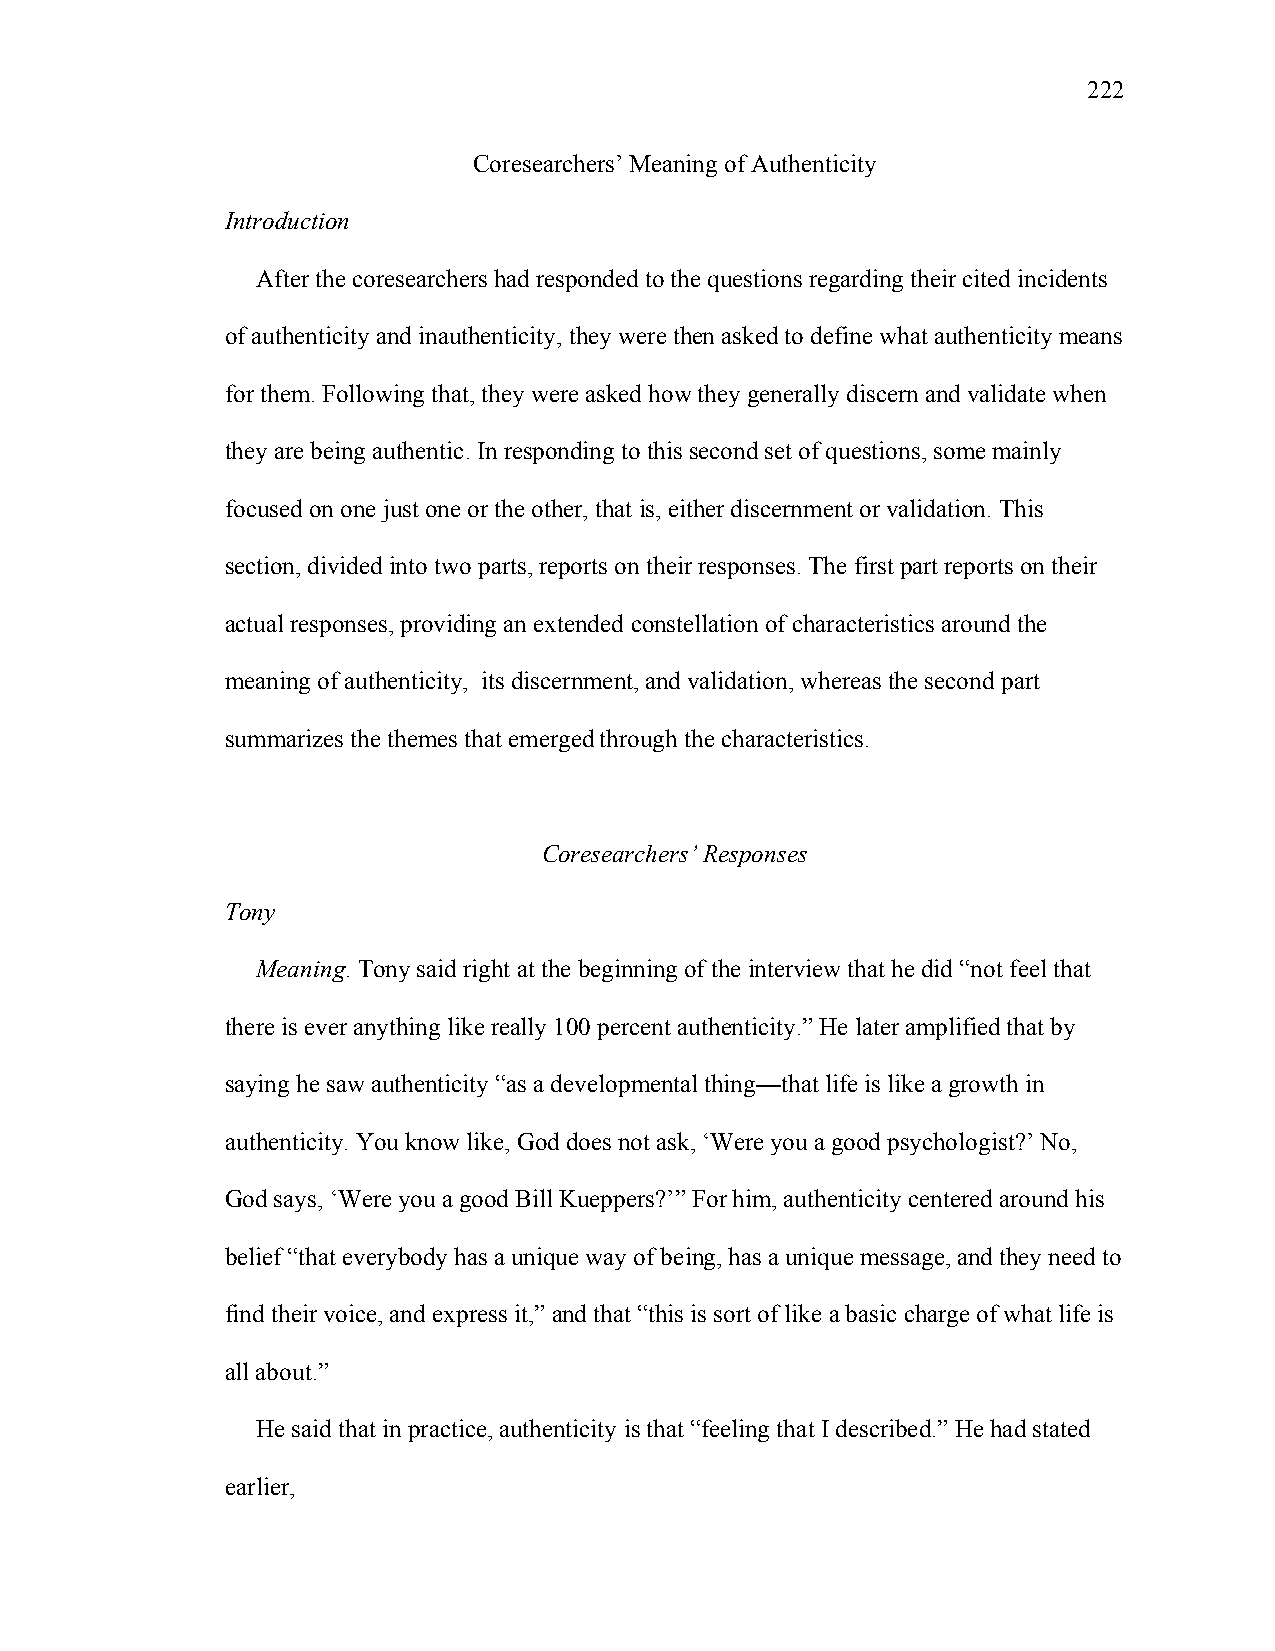
222
 Coresearchers’ Meaning of Authenticity
 Introduction
 After the coresearchers had responded to the questions regarding their cited incidents
 of authenticity and inauthenticity, they were then asked to define what authenticity means
 for them. Following that, they were asked how they generally discern and validate when
 they are being authentic. In responding to this second set of questions, some mainly
 focused on one just one or the other, that is, either discernment or validation. This
 section, divided into two parts, reports on their responses. The first part reports on their
 actual responses, providing an extended constellation of characteristics around the
 meaning of authenticity, its discernment, and validation, whereas the second part
 summarizes the themes that emerged through the characteristics.
 Coresearchers’ Responses
 Tony
 Meaning. Tony said right at the beginning of the interview that he did “not feel that
 there is ever anything like really 100 percent authenticity.” He later amplified that by
 saying he saw authenticity “as a developmental thing—that life is like a growth in
 authenticity. You know like, God does not ask, ‘Were you a good psychologist?’ No,
 God says, ‘Were you a good Bill Kueppers?’” For him, authenticity centered around his
 belief “that everybody has a unique way of being, has a unique message, and they need to
 find their voice, and express it,” and that “this is sort of like a basic charge of what life is
 all about.”
 He said that in practice, authenticity is that “feeling that I described.” He had stated
 earlier,